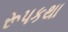
રૂપકથા